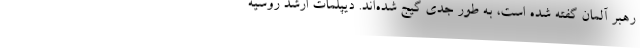
رهبر آلمان گفته شده است، به طور جدی گیج شده‌اند. دیپلمات ارشد روسیه